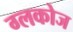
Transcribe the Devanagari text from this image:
ग्लकोज